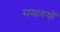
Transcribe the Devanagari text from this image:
समावयों